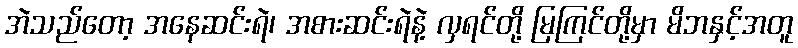
အဲသည်တော့ အနေဆင်းရဲ၊ အစားဆင်းရဲနဲ့ လှရင်တို့ မြကြင်တို့မှာ မိဘနှင့်အတူ